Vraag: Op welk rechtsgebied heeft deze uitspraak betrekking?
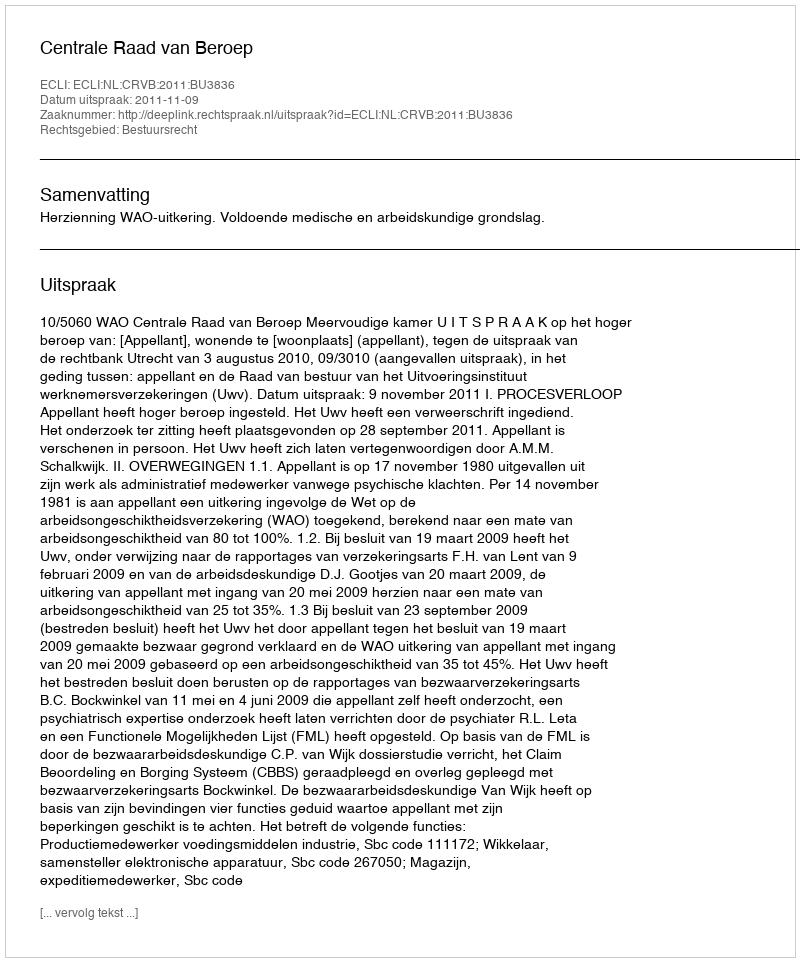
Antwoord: Bestuursrecht